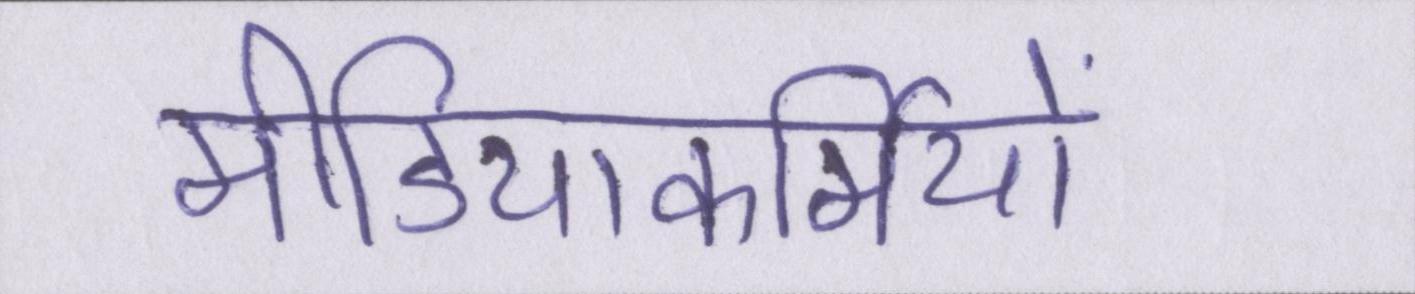
मीडियाकर्मियों